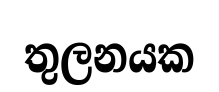
තුලනයක